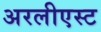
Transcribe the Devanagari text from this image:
अरलीएस्ट